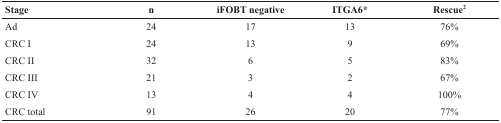
<table><thead><tr><td><b>Stage</b></td><td><b>n</b></td><td><b>iFOBT negative</b></td><td><b>ITGA6*</b></td><td><b>Rescue<sup>2</sup></b></td></tr></thead><tbody><tr><td>Ad</td><td>24</td><td>17</td><td>13</td><td>76%</td></tr><tr><td>CRC I</td><td>24</td><td>13</td><td>9</td><td>69%</td></tr><tr><td>CRC II</td><td>32</td><td>6</td><td>5</td><td>83%</td></tr><tr><td>CRC III</td><td>21</td><td>3</td><td>2</td><td>67%</td></tr><tr><td>CRC IV</td><td>13</td><td>4</td><td>4</td><td>100%</td></tr><tr><td>CRC total</td><td>91</td><td>26</td><td>20</td><td>77%</td></tr></tbody></table>